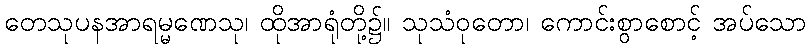
တေသုပနအာရမ္မဏေသု၊ ထိုအာရုံတို့၌။ သုသံဝုတော၊ ကောင်းစွာစောင့် အပ်သော